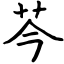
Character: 芩